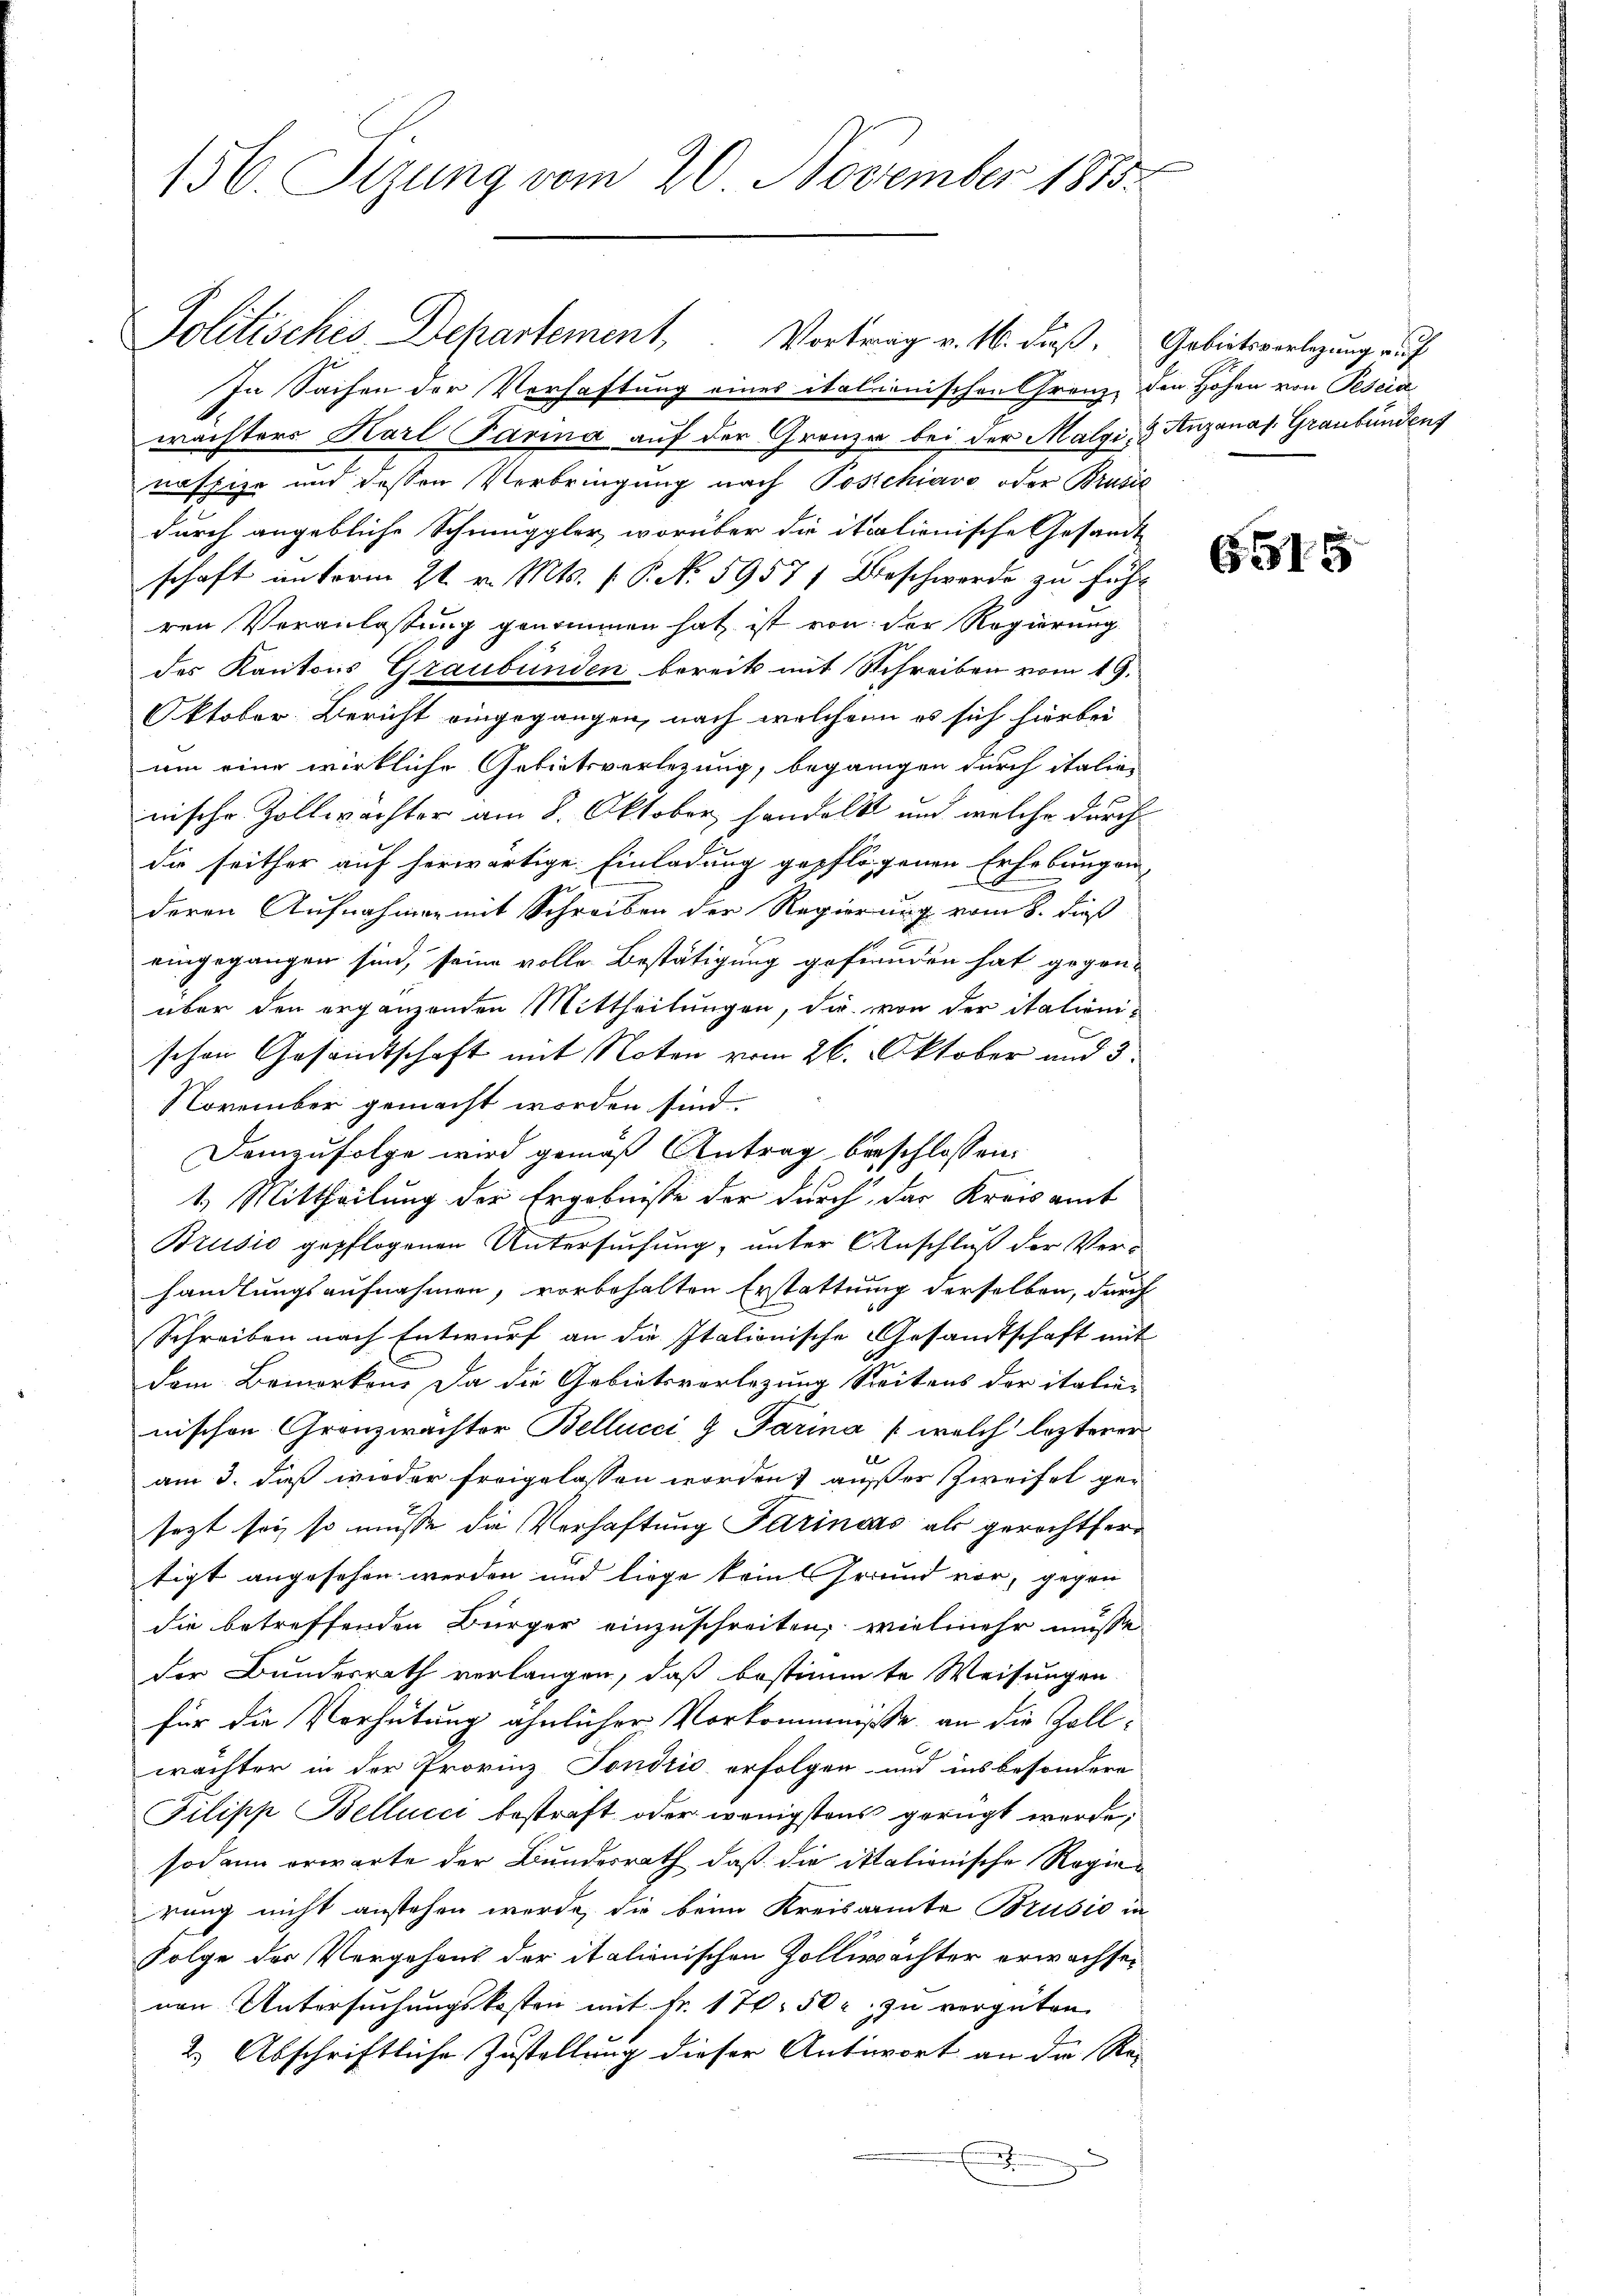
156. Sizung vom 20. November 1885.

Politisches Departement, Vortrag v. 16. dieß.
In Sachen der Verhaftung eines italionischen Grenz,
wächters Karl Parina auf der Grenzen bei der Malgi, 3 Anzanas. Graubündens
nafpize und dessen Verbringung nach Poschiavo oder Brusie
durch angebliche Schmuggler, worüber die italienische Gesandt
schaft unterm 21. v. Mts. (: P. N. 5957) Beschwerde zu führ
ren Veranlassung genommen hat ist von der Regierung
des Kantons Graubünden bereits mit Schreiben vom 19.
Oktober Bericht eingegangen, nach welchen es sich hierbei
um eine wirkliche Gebietsverlegung, begangen durch italien
nische Zollwächter am 8. Oktober handelt und welche durch
die seither auf herwärtige Einladung gepflogenen Erhebungen
deren Aufnahmen mit Schreiben der Regierung vom 8. dieß
eingegangen sind, seine volle Bestätigung geftanden hat gegen-
über den ergänzenden Mittheilungen, die von der italienischen Gesandtschaft mit Noten vom 26. Oktober und 5
November gemacht worden sind.
Demzufolge wird gemäß Antrag beschlossen:
1.) Mittheilung der Ergebnisse der durch das Kreisamt
Brusio gepflogenen Untersuchung, unter Anschluß der Ver-
handlungsaufnahmen, vorbehalten Erstattung derselben, durch
Schreiben nach Entwurf an die Italionische Gesamtschaft mit
dem Bemerken. Da die Gebietsvorlegung Seitens der italie-
nischen Gronzwächter Bellicci 9 Parina (welch lezterer
l
am 3. Fuß wieder freigelassen worden, außer Zweifel gesezt sey, so müsse die Verhaftung Parinaus als gerichtfertigt angesehen werden und liege kein Grund vor, gegen
die betreffenden Bürger einzuschreiten, vielmehr müsse
der Bundesrath verlangen, daß bestimmte Weisungen
für die Verhütung ähnlicher Vorkommniße an die Zollwächter in der Provinz Fondrio erfolgen und insbesondere
Pilipp Bellici bestraft oder wenigstens gerügt werde;
sodann erwarte der Bundesrath, daß die itationische Regierung nicht anstehen werde, die beim Kreisamte Brusio in
Folge der Vergehens der italionischen Zollwächter erwachsenen Untersuchungskosten mit Fr. 17. 50 r. zu vergüten.
2.) Abschriftliche Zustellung dieser Antwort an die Re-
e

Gabietsvorlegung auf
den Hohen von Pescia

6515